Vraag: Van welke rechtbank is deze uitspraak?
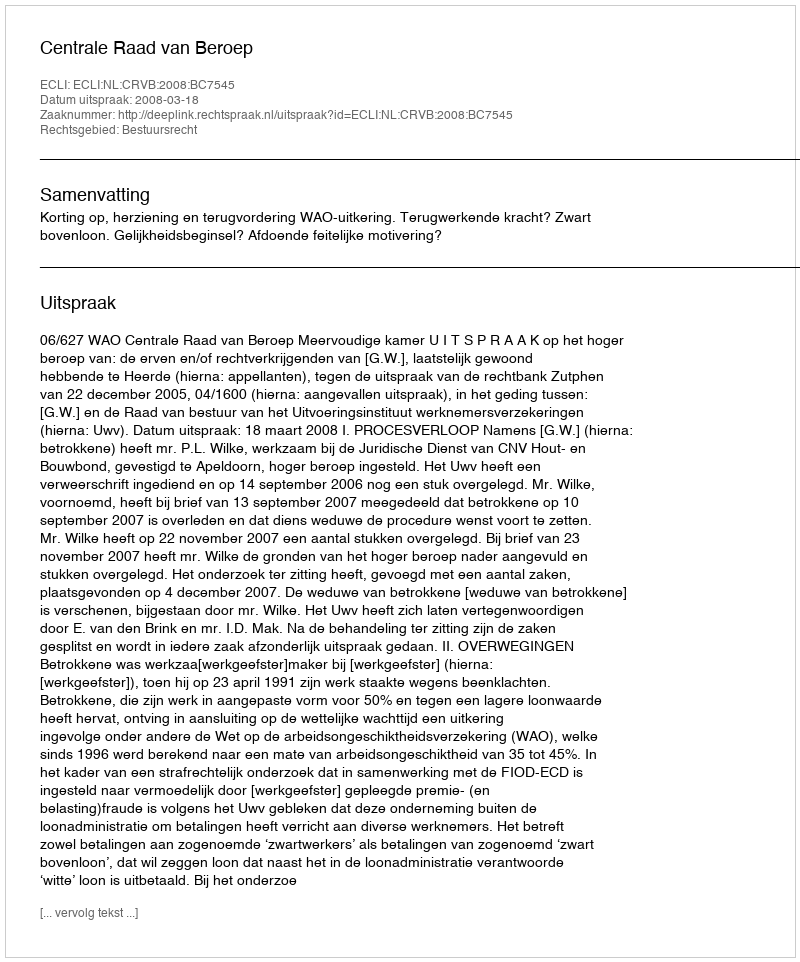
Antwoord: Centrale Raad van Beroep